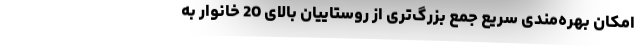
امکان بهره‌مندی سریع جمع بزرگ‌تری از روستاییان بالای 20 خانوار به